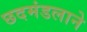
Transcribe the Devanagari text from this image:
छदमंडलाने